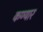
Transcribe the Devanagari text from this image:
कण्यार